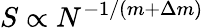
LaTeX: S\propto N^{-1/(m+\Delta m)}